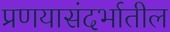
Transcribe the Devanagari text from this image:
प्रणयासंदर्भातील